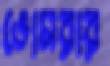
ভোমরার